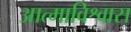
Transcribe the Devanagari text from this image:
आत्माविश्वास